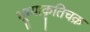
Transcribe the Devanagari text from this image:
भूम्याकृतिचक्र